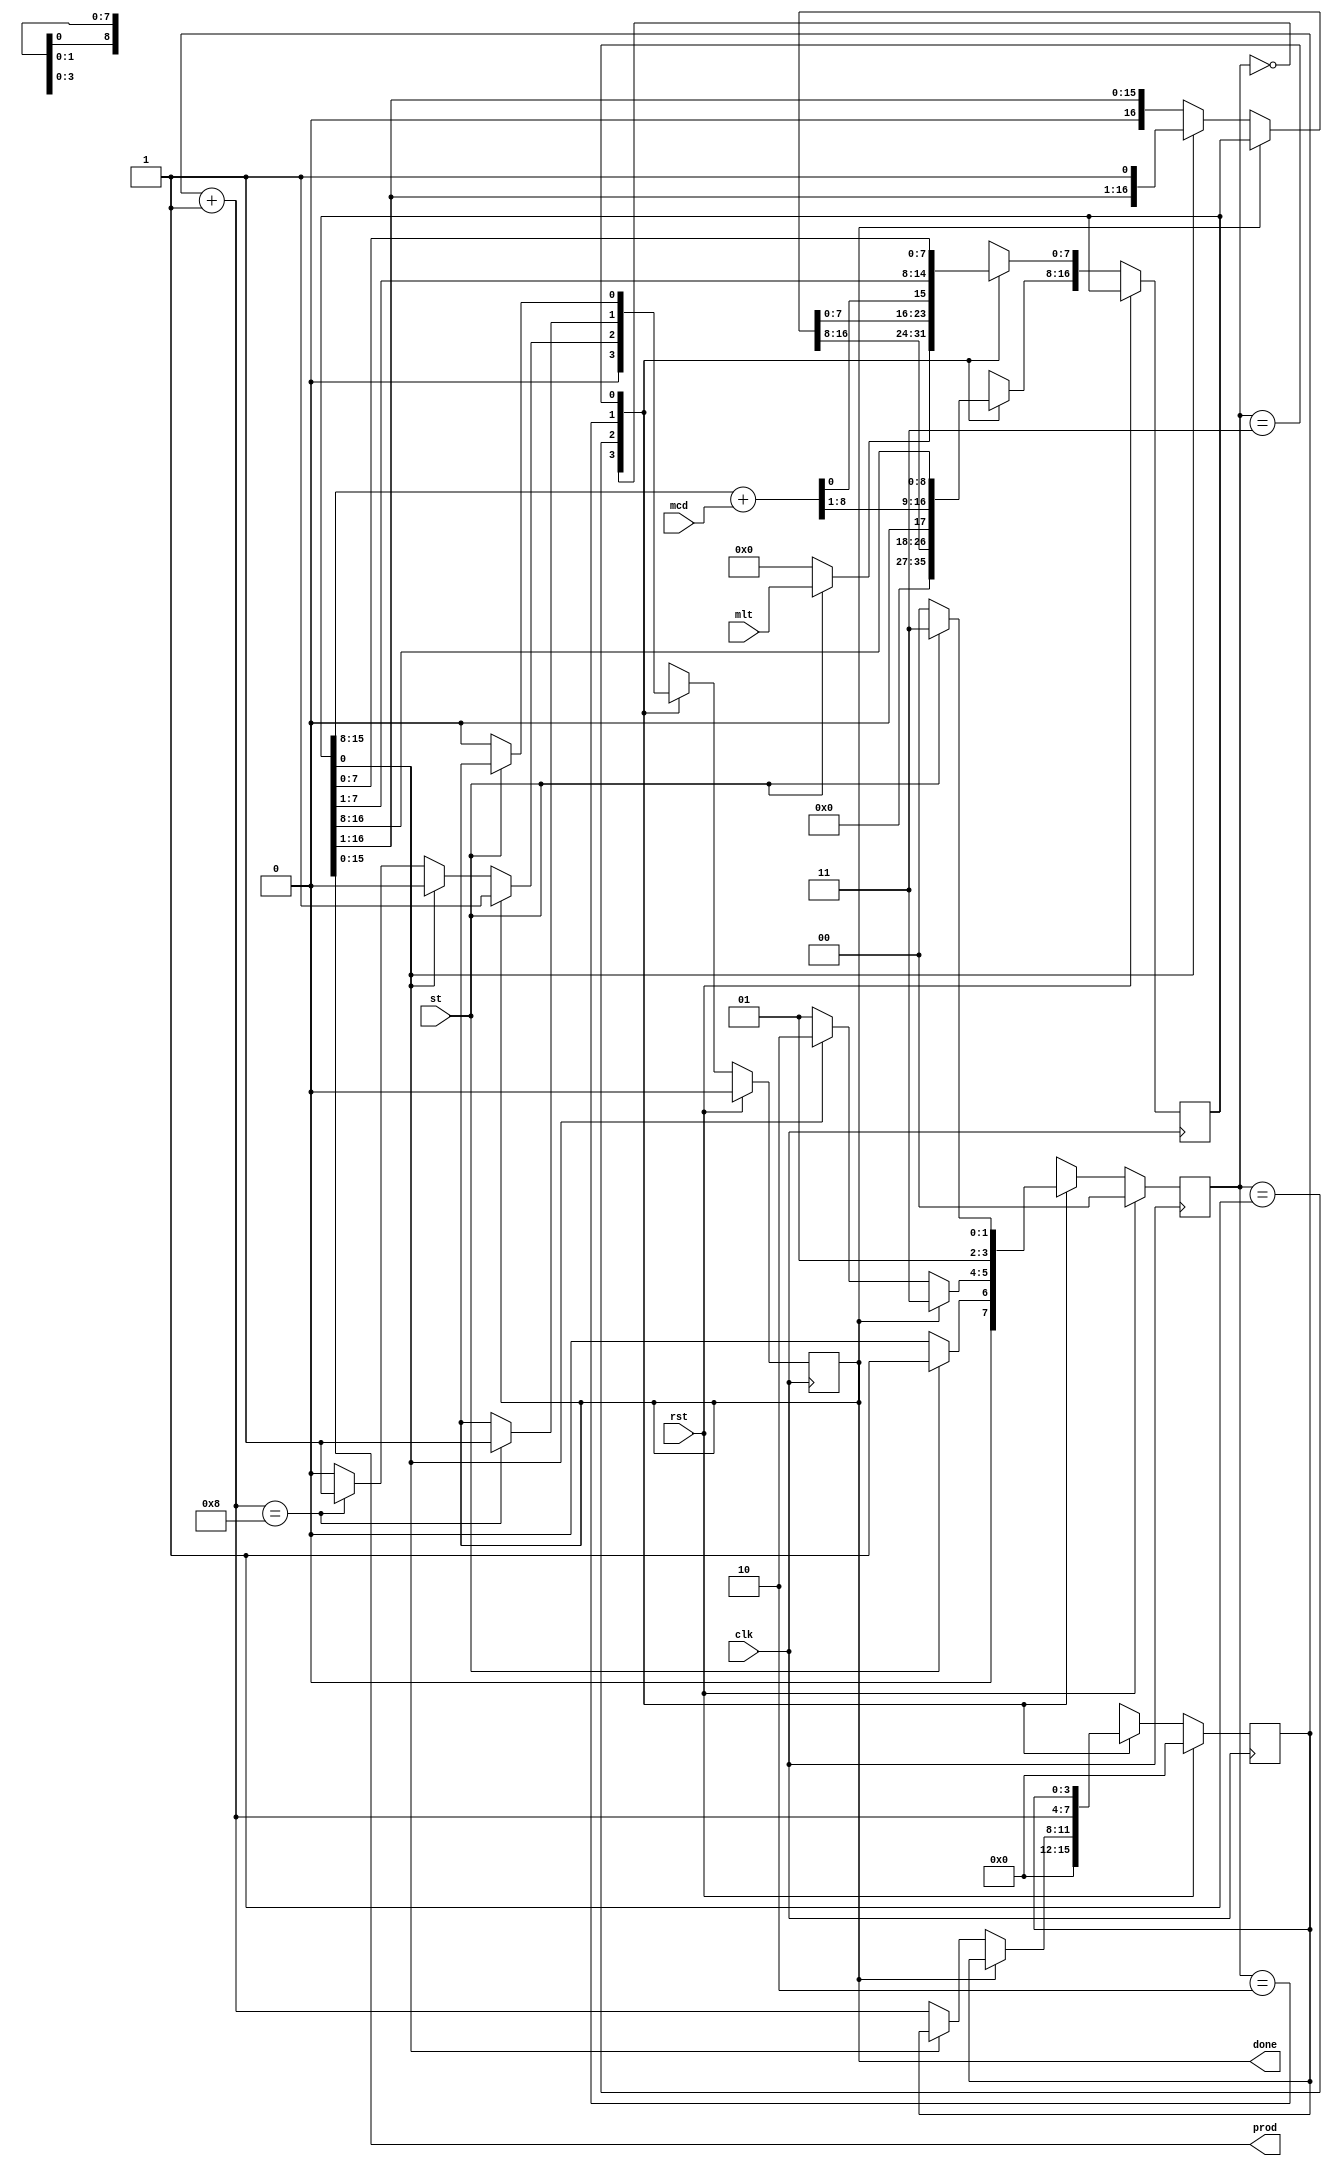
`timescale 1ns / 1ps


module multiplier_8by8bits(
    input [7:0] mlt,
    input [7:0] mcd,
    input clk,
    input rst,
    input st,
    output [15:0] prod,output done
    );
   
    reg [16:0] product = 0;
    reg [3:0] counter = 4'b0000;
    reg k = 0;
    reg m=0;
    reg [1:0] state = 2'b00;
    reg [7:0] mcand =0;
    integer i;
   
    always @(posedge clk)begin
    if(~rst) begin
   
        case(state)
        2'b00 : begin
       
//            m = 0;
           
               if(st)begin
                product[7:0] <= mlt;
                product[16:8] <= 0;
                state <= 2'b01;
                k<=0;
                counter <=0;
                end 
                
                else begin 
                    state <=0;
                    k<=0;
                    counter <=0;
                    product <=0;
                end
               
            
           
            //product[7:0] <= multiplier;
            //state = 2'b01;
            end
        2'b01 : begin
              if(~k)begin
                m = product[0];
                //m = 1;
                //k = 1;
                if(m)begin
                    state <= 2'b10;
                end
                else if(~m)begin
                    product = product >> 1 ;
                    counter = counter + 1 ;
                    if(counter == 8) 
                        k <= 1;  
                    
                    state <= 2'b01;
                    
                 end
                 end
              else if(k) begin
                    
                    //product = product >> 1;
                    state = 2'b11;
                    end
               
                
                
            end
        2'b10: begin                  
                product[16:8] = product[15:8] + mcd;
                counter = counter + 1;
                product = product >> 1;
                if(counter == 8) begin
                    k <= 1;
                    
                end
                state <= 2'b01;
            end
           
        2'b11 : begin
               
                // product <= 0;
               
                   if(~st)begin
                    k=0;
                    state <= 2'b00;
                    end 
                    else
                       
                        state <= 2'b11;
                
            end
           
        default: begin
            state <= 0;
            product <= 0;
            counter <= 0;
            k <= 0;
        end
         
           
        endcase
    end
    else begin
        state <= 2'b00;
        k <= 0;
        counter <= 0;
    end
    end
   
    assign prod = product[15:0];
    assign done = k;
   
endmodule